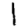
Digit: 1